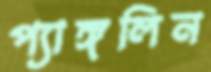
প্যাঙ্গলিন